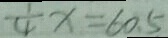
\frac { 1 } { 4 } x = 6 0 . 5